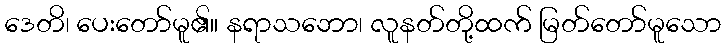
ဒေတိ၊ ပေးတော်မူ၏။ နရာသဘော၊ လူနတ်တို့ထက် မြတ်တော်မူသော